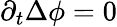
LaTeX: \partial_{t}\Delta\phi=0